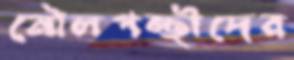
মৌলপন্থীদের